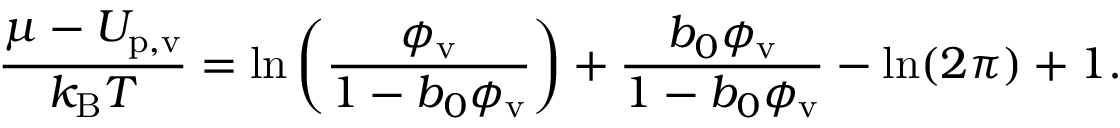
\frac { \mu - U _ { \mathrm { p , v } } } { k _ { \mathrm { B } } T } = \ln \bigg ( \frac { \phi _ { \mathrm { v } } } { 1 - b _ { 0 } \phi _ { \mathrm { v } } } \bigg ) + \frac { b _ { 0 } \phi _ { \mathrm { v } } } { 1 - b _ { 0 } \phi _ { \mathrm { v } } } - \ln ( 2 \pi ) + 1 .